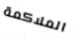
الملاكمة